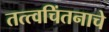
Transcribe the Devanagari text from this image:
तत्त्वचिंतनाचे